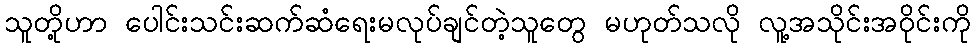
သူတို့ဟာ ပေါင်းသင်းဆက်ဆံရေးမလုပ်ချင်တဲ့သူတွေ မဟုတ်သလို လူ့အသိုင်းအဝိုင်းကို